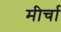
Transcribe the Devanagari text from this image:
मीर्चा